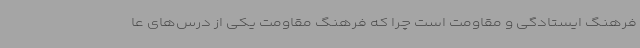
فرهنگ ایستادگی و مقاومت است چرا که فرهنگ مقاومت یکی از درس‌های عا